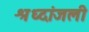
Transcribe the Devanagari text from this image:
श्रध्दांजली